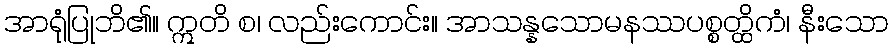
အာရုံပြုဘိ၏။ ဣတိ စ၊ လည်းကောင်း။ အာသန္နသောမနဿပစ္စတ္ထိကံ၊ နီးသော